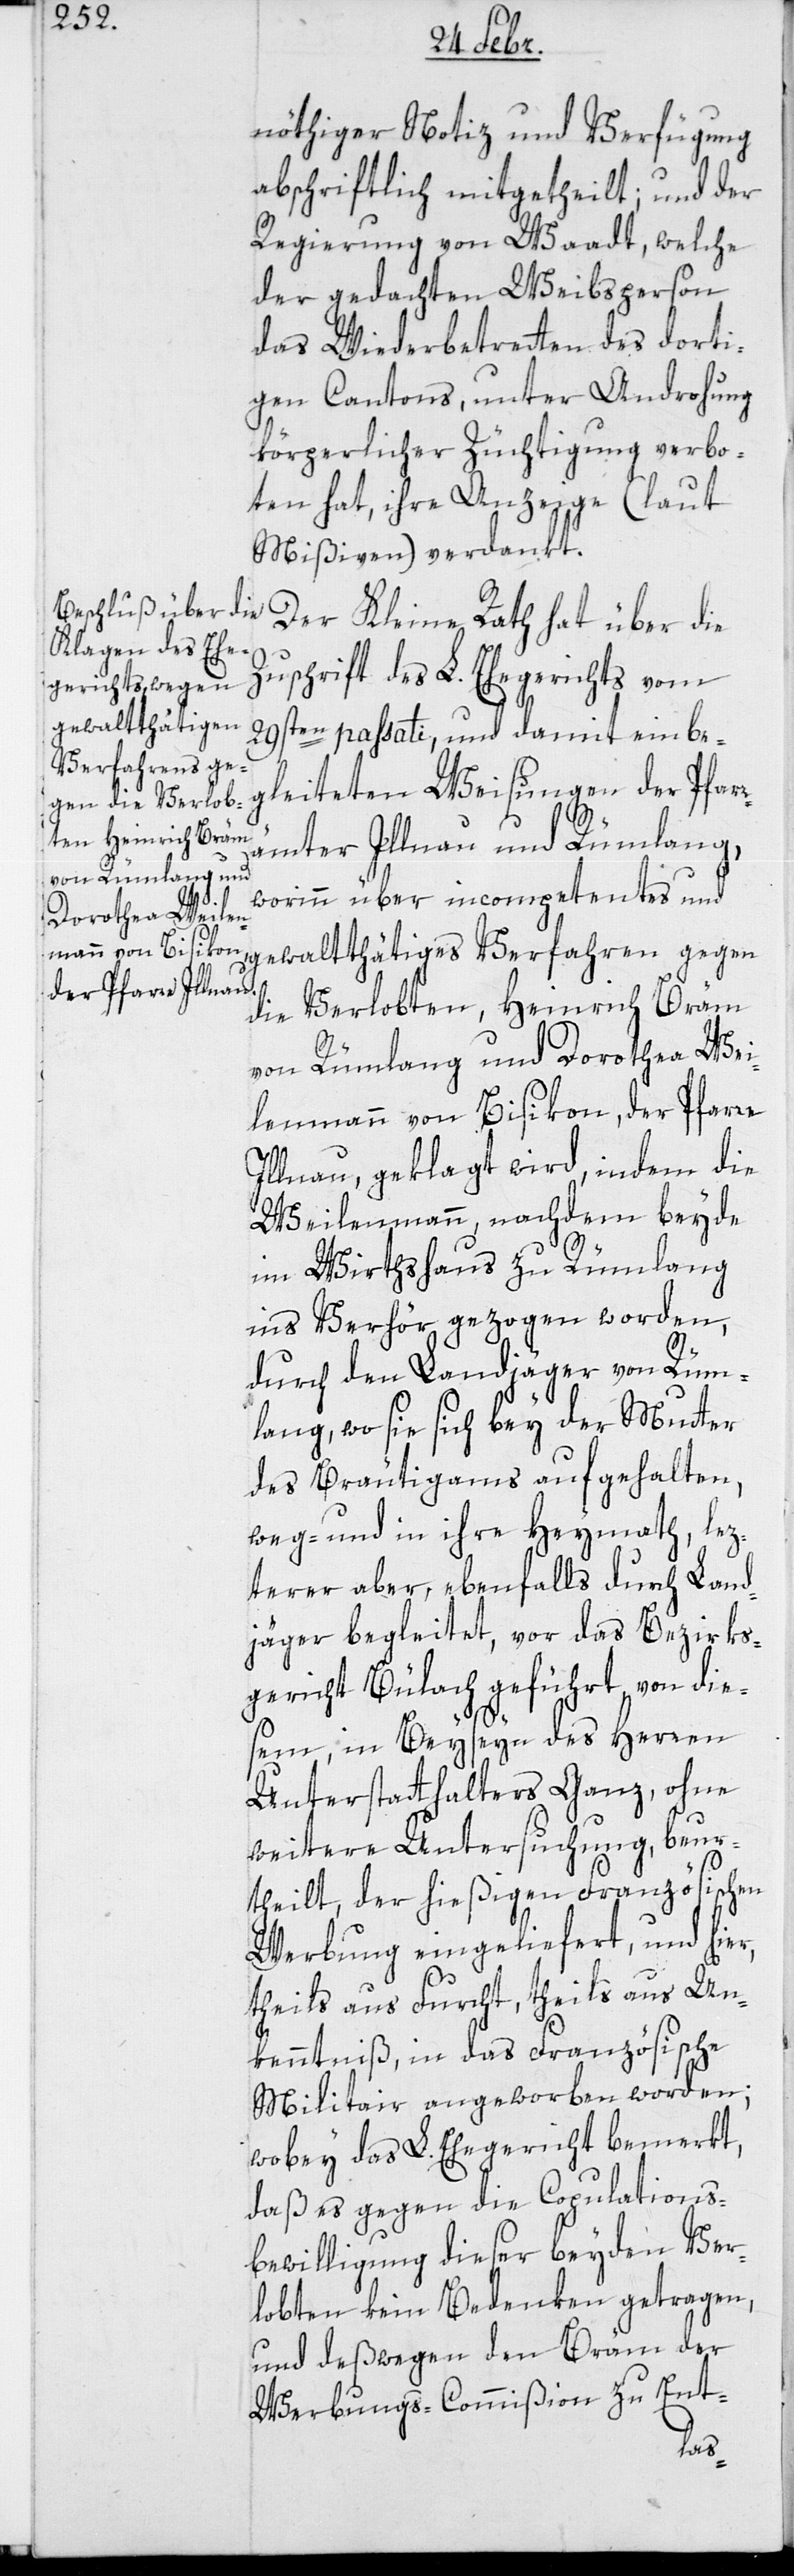
nöthiger Notiz und Verfügung
abschriftlich mitgetheilt; und der
Regierung von Waadt, welche
der gedachten Weibsperson
das Wiederbetreten des dorti¬
gen Cantons, unter Androhung
körperlicher Züchtigung verbo¬
ten hat, ihre Anzeige (laut
Mißiven) verdankt.
Der Kleine Rath hat über die
Zuschrift des L. Ehegerichts vom
29ten paßati und damit einbe¬
gleiteten Weisungen der Pfar¬
rämter Illnau und Rümlang,
worinn über incompetentes und
gewalttätiges Verfahren gegen
die Verlobten, Heinrich Bräm
von Rümlang und Dorothea Wei¬
lenmann von Bisikon, der Pfarre
Illnau, geklagt wird, indem die
Weilenmann, nachdem beyde
im Wirtshaus zu Rümlang
ins Verhör gezogen worden,
durch den Landjäger von Rüm¬
lang, wo sie sich bey der Mutter
des Bräutigams aufgehalten,
weg- und in ihre Heymath, lez¬
terer aber, ebenfalls durch Land¬
jäger begleitet, vor das Bezirks¬
gericht Bülach geführt, von die¬
sem, in Beyseyn des Herren
Unterstatthalters Ganz, ohne
weitere Untersuchung beur¬
theilt, der hießigen Französischen
Werbung eingeliefert, und hier,
theils aus Furcht, theils aus Un¬
kenntniß, in das Französische
Militair angeworben worden;
wobey das L. Ehegericht bemerkt,
daß es gegen die Copulations-B¬
ewilligung dieser beyden Ver¬
lobten kein Bedenken getragen,
und deßwegen den Bräm der
Werbungs-Commißion zu Ent-